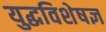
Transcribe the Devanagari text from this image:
युद्धविशेषज्ञ